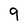
Character: 9